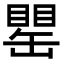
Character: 𦉍